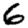
Digit: 6